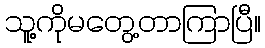
သူ့ကိုမတွေ့တာကြာပြီ။